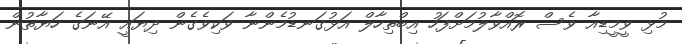
މުޅި ވީމީޑިއާ ވެސް ރޮއްވާލުމަށްފަހު އިބްތިހާލް އަޅުގަނޑުމެންނާ ވަކިވެގެން ދިޔައީ އޭނަގެ ހަޔާތުން